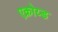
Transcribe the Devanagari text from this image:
एक्रोय्ड